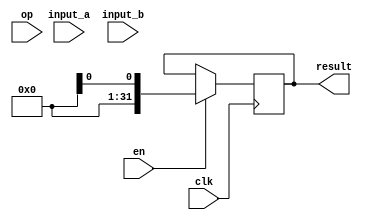
module ALU_32bits(
    input [31:0] input_a,
    input [31:0] input_b,
    input [1:0] op,
    input en,
    input clk,
    output reg [31:0] result
);
    
    wire [31:0] temp_result;    
    
    assign temp_result = (op == 2'b00) ? (input_a + input_b) :
                         (op == 2'b01) ? (input_a - input_b) :
                         (op == 2'b10) ? (input_a & input_b) :
                                         (input_a | input_b);
    
    always @(posedge clk) begin
        if (en) begin
            result <= temp_resultl;
        end    
        else begin
            result <= result;
        end
    end
endmodule